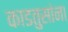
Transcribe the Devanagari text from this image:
काडतुसांना